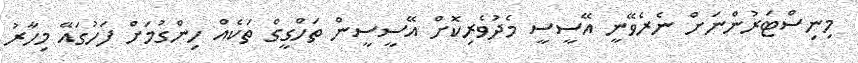
މިނިސްޓަރުންނަށް ނެރެވޭނީ އޭސީސީ މެދުވެރިކޮށް އޭސީސީން ތަހްގީގް ތަކެއް ހިންގުމަށް ފަހުގައޭ މިހާރު